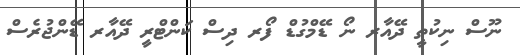
ނޫސް ނިކުތީ ދޭއާރ ނޯ ޑޭމްގުޑް ފޯރ ދިސް ކަންޓްރީ ދޭއާރ ޑޭންޖުރެސް